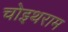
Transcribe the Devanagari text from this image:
चोइथराम